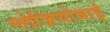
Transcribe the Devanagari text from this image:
ग्लेज़ियोबाई